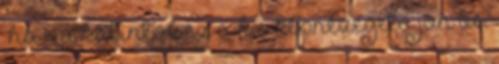
“ha rá katintok ez a kis képnézegető jön be.